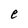
Character: e